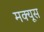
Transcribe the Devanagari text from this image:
मक्यूस